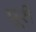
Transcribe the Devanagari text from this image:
प्रूरी